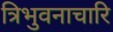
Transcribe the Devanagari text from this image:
त्रिभुवनाचारि